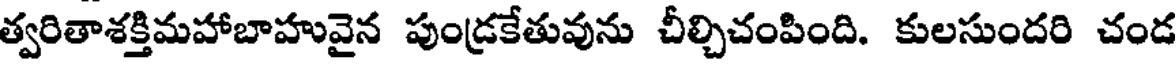
త్వరితాశక్తిమహాబాహువైన పుండ్రకేతువును చీల్చిచంపింది. కులసుందరి చండ